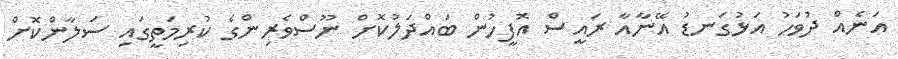
އަނެއް ދުވަހު އަޅުގަނޑު އޭނާއާ ރައީސް އޮފީހުން ބައްދަލުކޮށް ނޫސްވެރިންގެ ކުރިމަތީގައި ސަލާންކޮށް